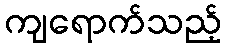
ကျရောက်သည့်